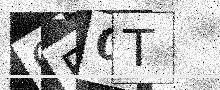
Text: OF0T